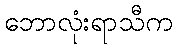
ဘောလုံးရာသီက